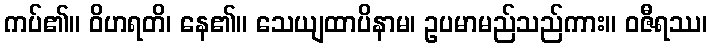
ကပ်၏။ ဝိဟရတိ၊ နေ၏။ သေယျထာပိနာမ၊ ဥပမာမည်သည်ကား။ ဝဇီရဿ၊